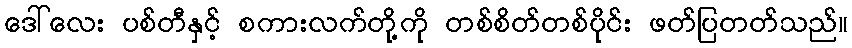
ဒေါ်လေး ပစ်တီနှင့် စကားလက်တို့ကို တစ်စိတ်တစ်ပိုင်း ဖတ်ပြတတ်သည်။